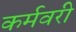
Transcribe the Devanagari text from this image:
कर्मवरी